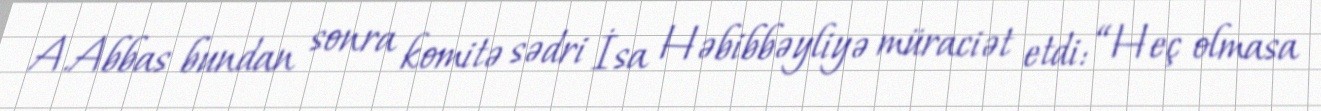
A.Abbas bundan sonra komitə sədri İsa Həbibbəyliyə müraciət etdi: “Heç olmasa